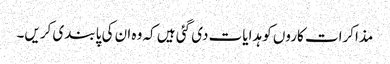
مذاکرات کاروں کو ہدایات دی گئی ہیں کہ وہ ان کی پابندی کریں۔